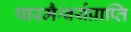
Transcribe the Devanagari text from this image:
पारमैश्वर्यप्राप्ति